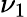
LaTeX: \nu_{1}